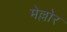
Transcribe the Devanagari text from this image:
मेल्लोर